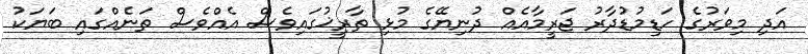
އަދި މިވަރުގެ ހަޑިމުޑުދާރު ޖަރީމާއެއް ދުނިޔޭގެ މުޅި ތާރީޚުގައިވެސް އެއްވެސް ތަނެއްގައި ބަޔަކު